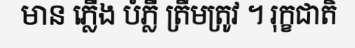
មាន ភ្លើង បំភ្លឺ ត្រឹមត្រូវ ។ រុក្ខជាតិ